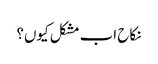
نکاح اب مشکل کیوں؟